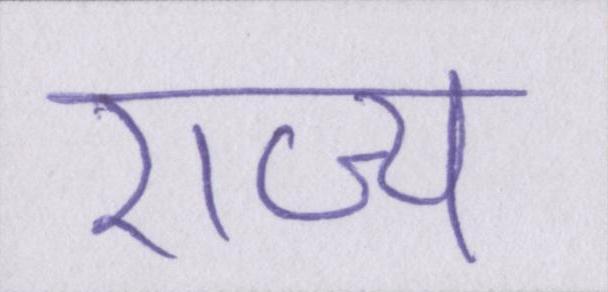
राज्य